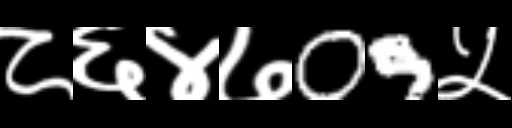
Text: ८६४७09५